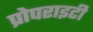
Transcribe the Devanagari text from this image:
प्रोपराइटी